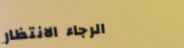
الرجاء الانتظار